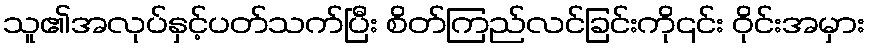
သူ၏အလုပ်နှင့်ပတ်သက်ပြီး စိတ်ကြည်လင်ခြင်းကို၎င်း ဝိုင်းအမှား